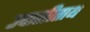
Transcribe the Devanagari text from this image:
उपासीताथ